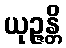
ယုဉ္ဇန္တိ